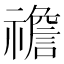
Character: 䄡